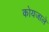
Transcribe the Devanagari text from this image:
कोयजाले